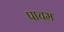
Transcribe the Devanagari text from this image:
पाचम